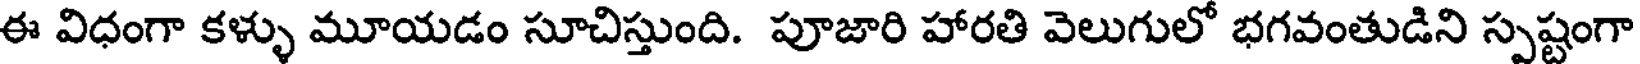
ఈ విధంగా కళ్ళు మూయడం సూచిస్తుంది. పూజారి హారతి వెలుగులో భగవంతుడిని స్పష్టంగా